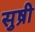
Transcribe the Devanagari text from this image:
सुष्री